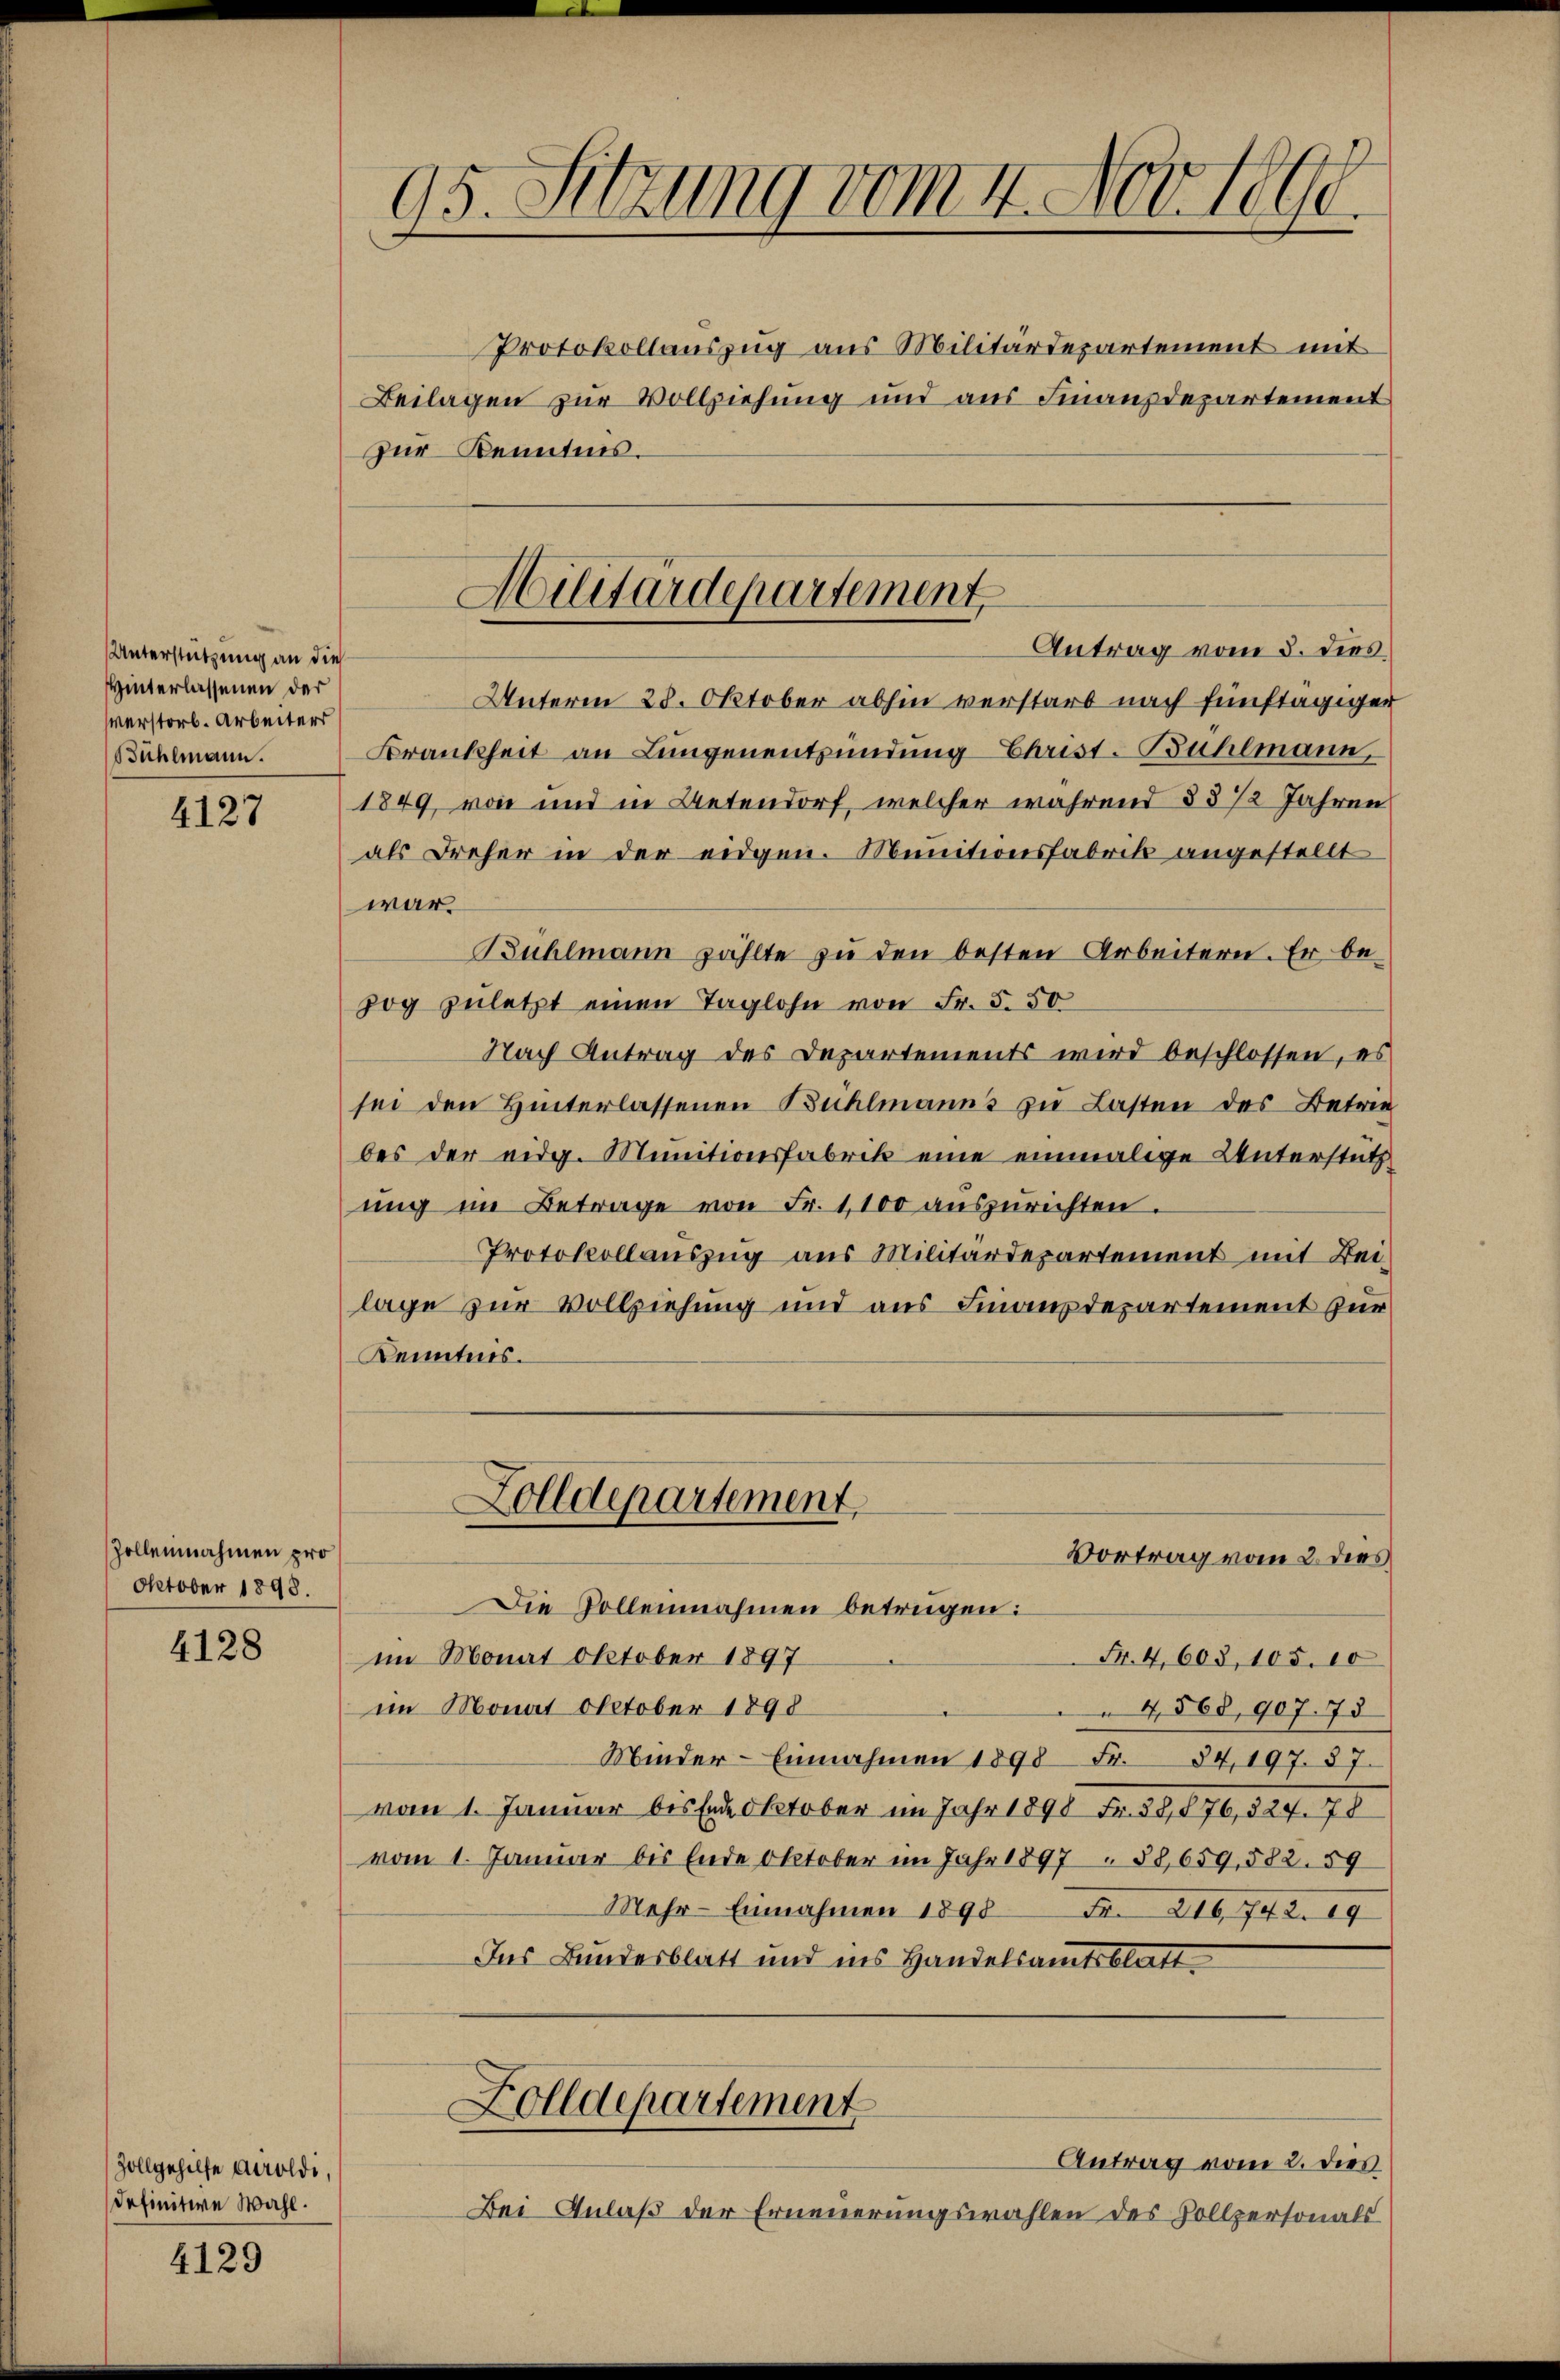
Unterstützung an die
Hinterlassenen der
verstorb. Arbeiters
Bühlmann.

4127

Zolleinnahmen pro
Oktober 1898.

4128

Zollgehilfe auroldi,
definitive Wahl.

4129

Protokollauszug aus Militärdepartement mit
Beilagen zur Vollziehung und aus Finanzdepartement
Zur Kenntnis.

95. Sitzung vom 4. Nov. 1890.

Antrag vom 3. dies
Unterm 28. Oktober abhin verstarb nach fünftägiger
Brankheit an Lungenentzündung Christ-Bühlmann,
1849, von und in Betendorf, welcher während § 8 1/2 Jahren
als Dreher in der eidgen. Munitionsfabrik angestellt
war.
Bühlmann zählte zu den besten Arbeitern. Er be-
zog zuletzt einen Taglohn von Fr. 5. 50
Nach Antrag des Departements wird beschlossen, es
sei den Hinterlassenen Bühlmanns zu Lasten des Betre
bes der eidg. Munitionsfabrik eine einmalige Unterstütz
ung im Betrage von Fr. 1100 auszurichten.
Protokollauszug aus Militärdepartement mit Beilage zur Vollziehung und aus Finanzdepartement zur
Kenntnis.
Zolldepartement
Vortrag vom 2. dies
Die Vollennahmen betrügen:
im Monat Oktober 1897
Fr. 4,603, 105. 10
im Monat October 1898
4568, 907. 75
Minder-Einnahmen 1898 Fr. 34, 197. 87.
vom 1. Januar bis Ende October im Jahr 1890 Fr. 38,876, 324. 78
vom 1. Januar bis Ende Oktober im Jahr 1897. 58,659, 582. 59
Mehr- Einnahmen 1890 Fr. 216, 742. 19
Ins Bundesblatt und ins Handelsamtsblatt
Folldepartement
Antrag vom 2. dies
Bei Anlaß der Erneuerungswahlen des Vollpersonals

Militärdepartement